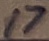
Text: 17